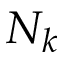
N _ { k }